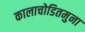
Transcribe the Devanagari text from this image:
कालाचोडितमुना